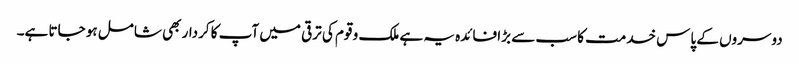
دوسروں کے پاس خدمت کا سب سے بڑا فائدہ یہ ہے ملک و قوم کی ترقی میں آپ کا کردار بھی شامل ہو جاتا ہے۔